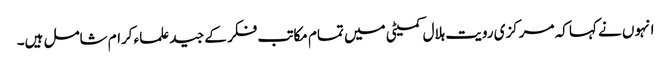
انہوں نے کہا کہ مرکزی رویت ہلال کمیٹی میں تمام مکاتب فکر کے جید علماء کرام شامل ہیں۔